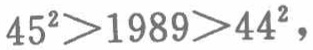
\(45^{2}>1989>44^{2}\)